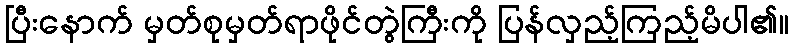
ပြီးနောက် မှတ်စုမှတ်ရာဖိုင်တွဲကြီးကို ပြန်လှည့်ကြည့်မိပါ၏။